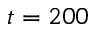
t = 2 0 0